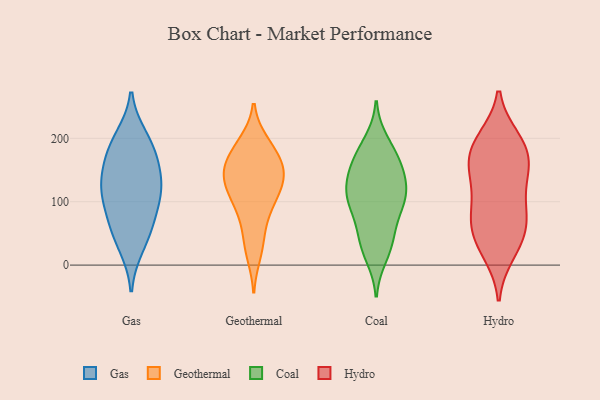
{"axis": {"x": "Inventory Turnover", "y": "Value"}, "legend": ["Coal", "Gas", "Geothermal", "Hydro"], "data": [{"x": "", "y": 58, "type": "Gas"}, {"x": "", "y": 31, "type": "Gas"}, {"x": "", "y": 133, "type": "Gas"}, {"x": "", "y": 179, "type": "Gas"}, {"x": "", "y": 185, "type": "Gas"}, {"x": "", "y": 101, "type": "Gas"}, {"x": "", "y": 200, "type": "Gas"}, {"x": "", "y": 148, "type": "Gas"}, {"x": "", "y": 64, "type": "Gas"}, {"x": "", "y": 119, "type": "Gas"}, {"x": "", "y": 114, "type": "Gas"}, {"x": "", "y": 168, "type": "Geothermal"}, {"x": "", "y": 142, "type": "Geothermal"}, {"x": "", "y": 135, "type": "Geothermal"}, {"x": "", "y": 96, "type": "Geothermal"}, {"x": "", "y": 122, "type": "Geothermal"}, {"x": "", "y": 18, "type": "Geothermal"}, {"x": "", "y": 193, "type": "Geothermal"}, {"x": "", "y": 70, "type": "Geothermal"}, {"x": "", "y": 99, "type": "Geothermal"}, {"x": "", "y": 121, "type": "Geothermal"}, {"x": "", "y": 190, "type": "Geothermal"}, {"x": "", "y": 149, "type": "Geothermal"}, {"x": "", "y": 168, "type": "Geothermal"}, {"x": "", "y": 151, "type": "Geothermal"}, {"x": "", "y": 38, "type": "Geothermal"}, {"x": "", "y": 45, "type": "Coal"}, {"x": "", "y": 31, "type": "Coal"}, {"x": "", "y": 108, "type": "Coal"}, {"x": "", "y": 139, "type": "Coal"}, {"x": "", "y": 167, "type": "Coal"}, {"x": "", "y": 40, "type": "Coal"}, {"x": "", "y": 167, "type": "Coal"}, {"x": "", "y": 117, "type": "Coal"}, {"x": "", "y": 146, "type": "Coal"}, {"x": "", "y": 87, "type": "Coal"}, {"x": "", "y": 114, "type": "Coal"}, {"x": "", "y": 91, "type": "Coal"}, {"x": "", "y": 92, "type": "Coal"}, {"x": "", "y": 176, "type": "Coal"}, {"x": "", "y": 15, "type": "Coal"}, {"x": "", "y": 126, "type": "Coal"}, {"x": "", "y": 194, "type": "Coal"}, {"x": "", "y": 59, "type": "Hydro"}, {"x": "", "y": 156, "type": "Hydro"}, {"x": "", "y": 45, "type": "Hydro"}, {"x": "", "y": 96, "type": "Hydro"}, {"x": "", "y": 195, "type": "Hydro"}, {"x": "", "y": 95, "type": "Hydro"}, {"x": "", "y": 199, "type": "Hydro"}, {"x": "", "y": 18, "type": "Hydro"}, {"x": "", "y": 150, "type": "Hydro"}, {"x": "", "y": 22, "type": "Hydro"}, {"x": "", "y": 174, "type": "Hydro"}, {"x": "", "y": 142, "type": "Hydro"}, {"x": "", "y": 200, "type": "Hydro"}, {"x": "", "y": 90, "type": "Hydro"}, {"x": "", "y": 174, "type": "Hydro"}, {"x": "", "y": 64, "type": "Hydro"}, {"x": "", "y": 141, "type": "Hydro"}, {"x": "", "y": 57, "type": "Hydro"}]}